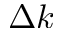
\Delta k